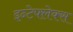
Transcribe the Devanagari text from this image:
इन्टेफ्लेक्स